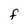
Character: F